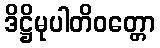
ဒိဋ္ဌိမုပါတိဝတ္တော